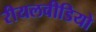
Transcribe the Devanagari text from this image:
रीयलवीडियो